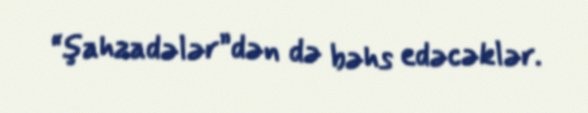
“şahzadələr”dən də bəhs edəcəklər.